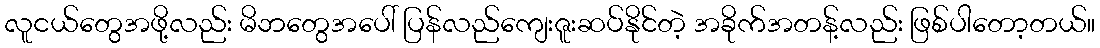
လူငယ်တွေအဖို့လည်း မိဘတွေအပေါ် ပြန်လည်ကျေးဇူးဆပ်နိုင်တဲ့ အခိုက်အတန့်လည်း ဖြစ်ပါတော့တယ်။